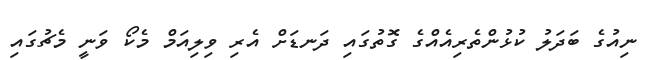
ނިއުގެ ބަދަލު ކުޅުންތެރިއެއްގެ ގޮތުގައި ދަނޑަށް އެރި ވިލިއަމް މެކޯ ވަނީ މެޗުގައި